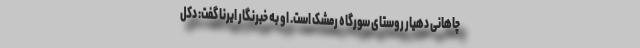
چاهانی دهیار روستای سورگاه رمشک است. او به خبرنگار ایرنا گفت: دکل